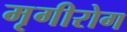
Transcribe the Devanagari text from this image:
मृगीरोग